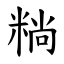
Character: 䊑